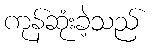
ကုန်ဆုံးခဲ့သည်